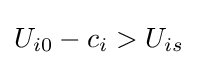
U_{i0}-c_{i}>U_{is}